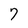
Character: 7